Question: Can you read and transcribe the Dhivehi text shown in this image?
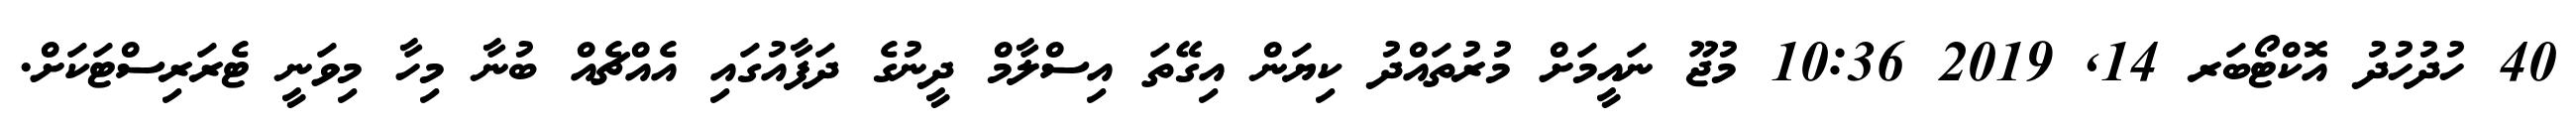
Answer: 40 ހުދުހުދު އޮކްޓޯބަރ 14, 2019 10:36 މުޖޫ ނައީމަށް މުރުތައްދު ކިޔަން އިގޭތަ އިސްލާމް ދީނުގެ ދަފާއުގައި އެއްޗެއް ބުނާ މިހާ މިވަނީ ޓެރަރިސްޓަކަށް.